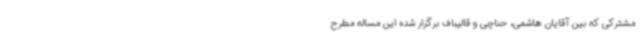
مشترکی که بین آقایان هاشمی، حناچی و قالیباف برگزار شده این مساله مطرح